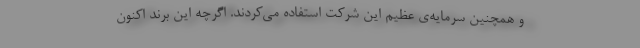
و همچنین سرمایه‌ی عظیم این شرکت استفاده می‌کردند. اگرچه این برند اکنون